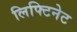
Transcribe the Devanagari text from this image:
लिफ्टिनेट